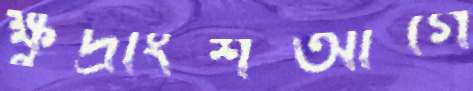
ক্ষুদ্রাংশআগে